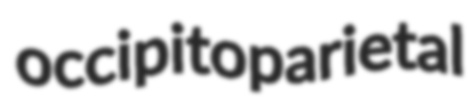
occipitoparietal